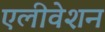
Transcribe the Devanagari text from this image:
एलीवेशन